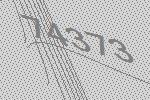
74373